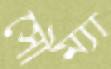
সৌম্যা